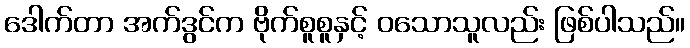
ဒေါက်တာ အက်ဒွင်က ဗိုက်စူစူနှင့် ဝသောသူလည်း ဖြစ်ပါသည်။